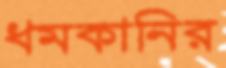
ধমকানির